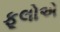
ફૂલોએ